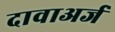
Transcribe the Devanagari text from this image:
दावाअर्ज